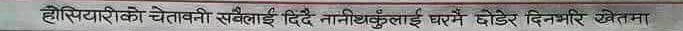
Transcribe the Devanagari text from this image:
हसिँयारीको चेतोवनी सवलाई दिदै नानीथुप्लुई घरमै छोडेर दिनभरि खेतमा